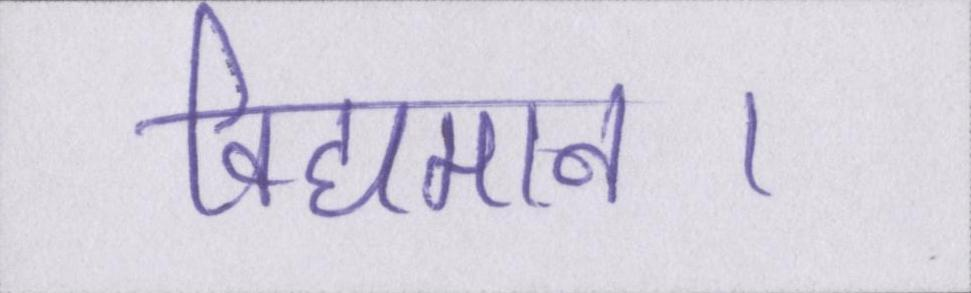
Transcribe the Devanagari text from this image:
विद्यमान।